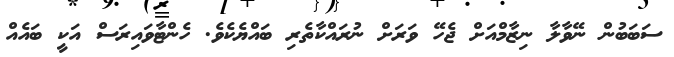
ސަބަބުން ނޭވާލާ ނިޒާމްއަށް ޖެހޭ ވަރަށް ނުރައްކާތެރި ބައްޔެކެވެ. ހެންޓާވައިރަސް އަކީ ބައެއް